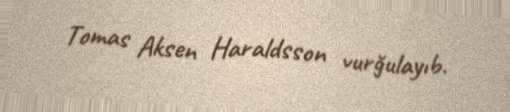
Tomas Aksen Haraldsson vurğulayıb.